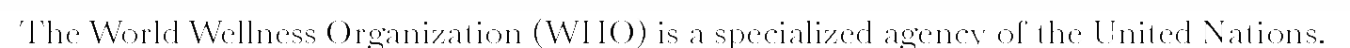
The World Wellness Organization (WHO) is a specialized agency of the United Nations.